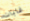
غابات